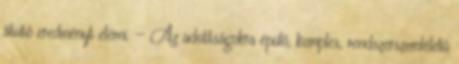
átütô eredményt elérni. — Az adottságokra épülô, komplex, rendszerszemléletû